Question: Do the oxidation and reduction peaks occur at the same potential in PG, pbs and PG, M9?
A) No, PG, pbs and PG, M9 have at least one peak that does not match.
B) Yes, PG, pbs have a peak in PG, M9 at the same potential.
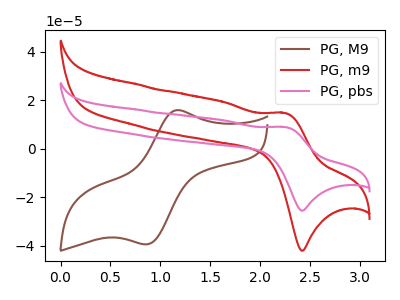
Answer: <think>The brown curve "PG, M9" has an anodic peak at (1.20V, 15.90uA) and a cathodic peak at (0.85V, -39.45uA). The red curve "PG, m9" has an anodic peak at (2.25V, 14.70uA) and a cathodic peak at (2.40V, -42.10uA). The pink curve "PG, pbs" has an anodic peak at (2.25V, 8.95uA) and a cathodic peak at (2.40V, -25.55uA).</think>
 <answer>A) No, "PG, pbs" and "PG, M9" have at least one peak that does not match.</answer>
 <eval>A</eval>